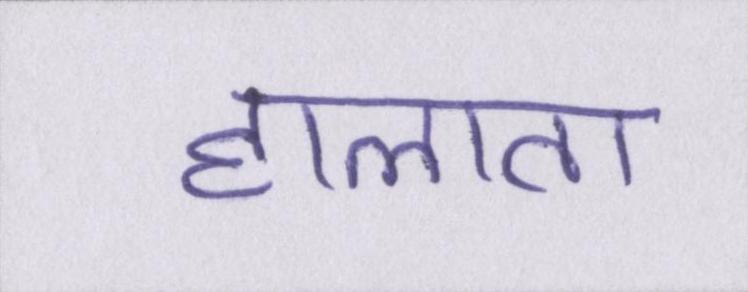
हालात